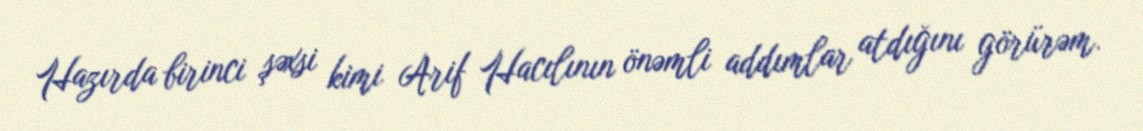
Hazırda birinci şəxsi kimi Arif Hacılının önəmli addımlar atdığını görürəm.